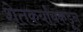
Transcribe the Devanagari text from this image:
शेतकर्यांयकडून